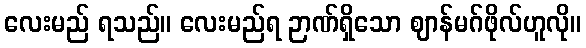
လေးမည် ရသည်။ လေးမည်ရ ဉာဏ်ရှိသော ဈာန်မဂ်ဖိုလ်ဟူလို။